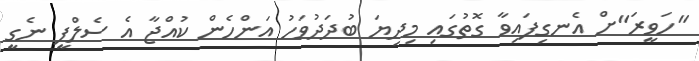
"ހަވީރަ"ށް އެނގިފައިވާ ގޮތުގައި މިދިޔަ ބުދަދުވަހު އަންހެން ކުއްޖާ އެ ސެލްފީ ނެގީ